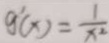
g ^ { \prime } ( x ) = \frac { 1 } { x ^ { 2 } }